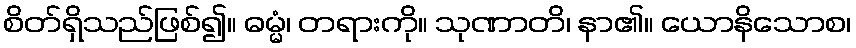
စိတ်ရှိသည်ဖြစ်၍။ ဓမ္မံ၊ တရားကို။ သုဏာတိ၊ နာ၏။ ယောနိသောစ၊